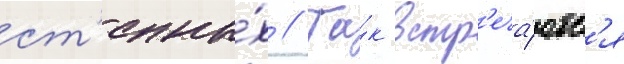
ст'епны́х // Та́к встр'еча́ютс'я